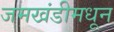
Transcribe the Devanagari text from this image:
जमखंडीमधून